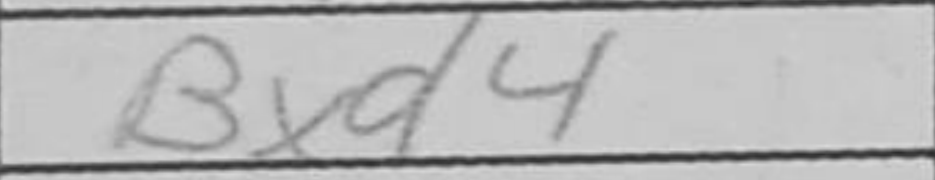
Transcription: Bxd4